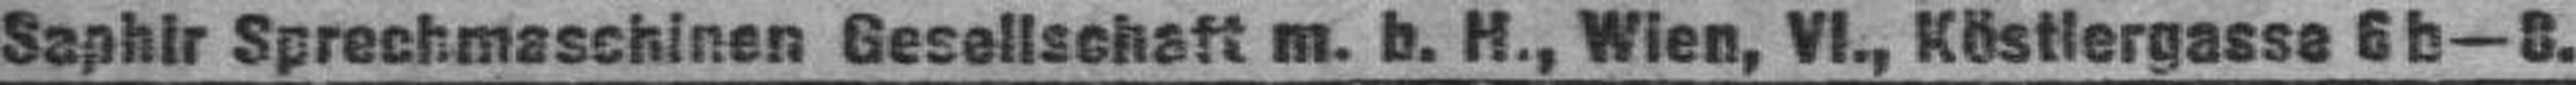
Saphir Sprechmaschinen Gesellschaft m. b. H., Wien, VI., Köstiergasse 6 b—8.